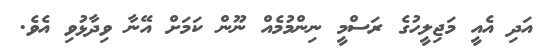
އަދި އެއީ މަޖިލީހުގެ ރަސްމީ ނިންމުމެއް ނޫން ކަމަށް އޭނާ ވިދާޅުވި އެވެ.